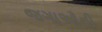
જગાઓની